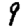
Digit: 9